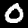
Digit: 0